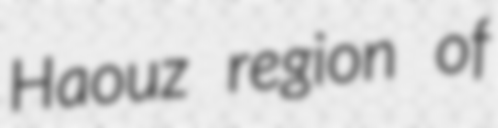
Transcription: Haouz region of